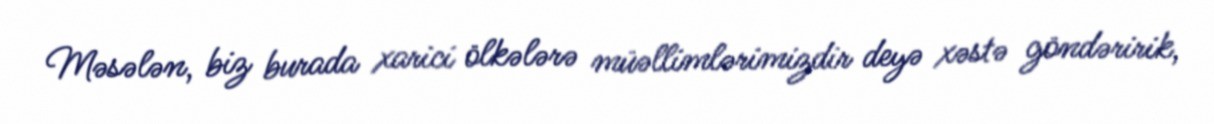
Məsələn, biz burada xarici ölkələrə müəllimlərimizdir deyə xəstə göndəririk,